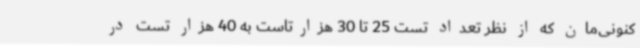
کنونی‌مان که از نظر تعداد تست 25 تا 30 هزارتاست به 40 هزار تست در